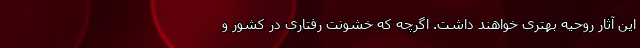
این آثار روحیه بهتری خواهند داشت. اگرچه که خشونت رفتاری در کشور و